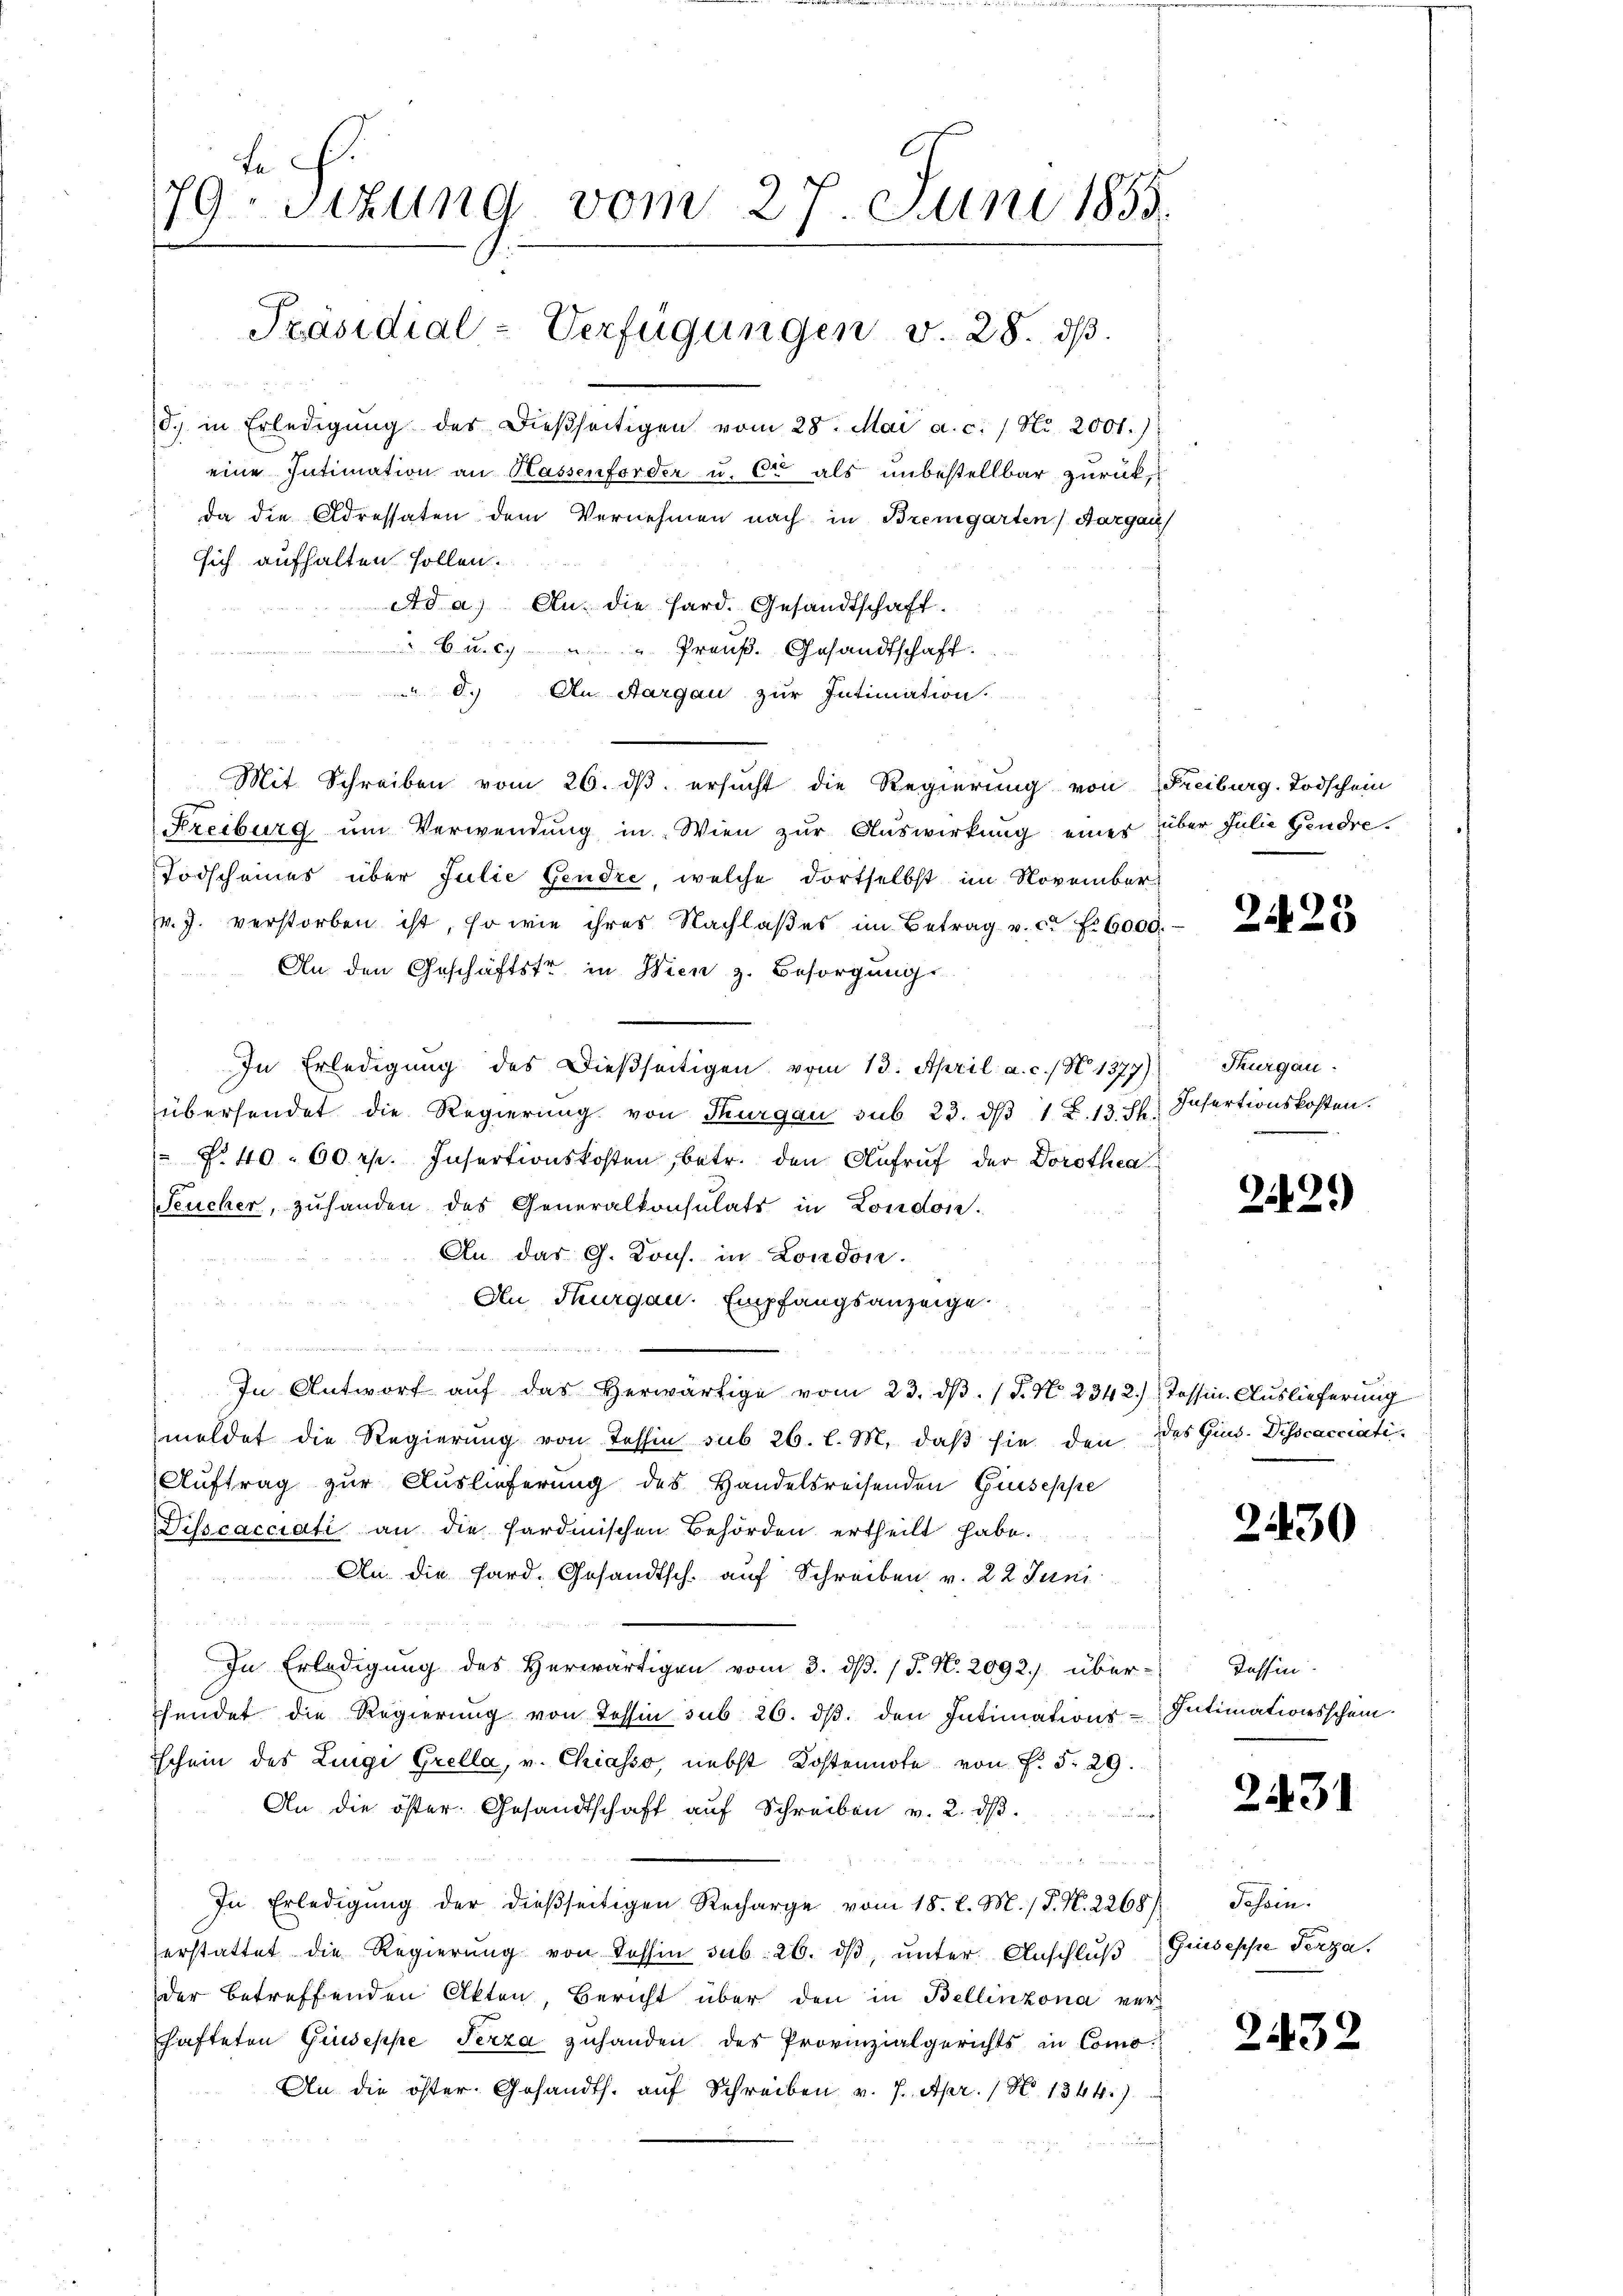
te
79 Sizung vom 27. Juni 1855.
4
e
Präsidial-Verfügungen v. 28. dβ.
d. in Erledigŭng des dießseitigen vom 28. Mai a. c. / No. 2001.)
eine Intimation an Hassenforder u. Cr als unbestellbar zurückda die Adressaten dem Vernehmen nach in Bremgarten Aargau
sich aufhalten sollen.
Ad a.) An die Hard. Gesandtschaft.
 Cu. c. " " Preuß. Gesandtschaft.
 d.) An Aargau zur Intimation.

Mit Schreiben vom 26. ds. ersucht die Regierung von Freiburg-Todschein

Freiburg um Verwendung in Wien zur Auswirkung einer über Julie Gendre¬
Todscheines über Julie Gendre, welche dortselbst im Novemberzr. J. verstorben ist, so wie ihres Nachlaβes im Betrag v. c. fr. 6000.
An den Geschäftstr in Wien z. Besorgung
In Erledigung des Dießseitigen vom 13. April a. c. / N. 1377) Thurgau
übersendet die Regierung von Thurgau sub 23. dβ 1 Z. 13. pr. Infertionskosten.
 P. 40. 60 rp. Insertionskosten, betr. den Aufruf der Dorothea
Seucher, zusanden des Generalkonsulats in London.
An das G. Kons. in London.
An Thurgau. Empfangsanzeige.
a
. Rotter
un
In Antwort aŭf das herwärtige vom 23. dβ. P. Nr. 2342.) Tessin. Auslieferung
meldet die Regierung von Tessin sub 26. l. M. daß sie den das Gins. Disscacciati¬
Auftrag zur Auslieferung des Handelsreisenden Giuseppe
Disscacciati an die sardinischen Behörden ertheilt habe.
An die Sard. Gesandtsch. auf Schreiben v. 22 Juni
In Erledigung des Herwärtigen vom 3. ds. (T. N. 2092) über Tessin
hendet die Regierung von Tessin sub. 26. dβ. den Intimations-Intimationsschein.
schein des Lingi Grella, v. Chiasso, nebst Kostennote von P. §. 29.
An die öster. Gesandtschaft auf Schreiben v. 2. dβ.
of
In Erledigŭng der dießseitigen Recharge vom 18. l. M. / P. N. 2268) Tessin.
erstattet die Regierŭng von Rossin sub. 26. dβ, ŭnter. Anschluß
der betreffenden Akten, Bericht über den in Bellinzona ver-
shafteten Giuseppe Terza zuhanden des Provinzialgerichts in Como-
An die öster. Gesandts. aŭf Schreiben v. 7. Apr. / No 1344)

2428

.

92.)

2430

2431

Giuseppe Penza.

2432